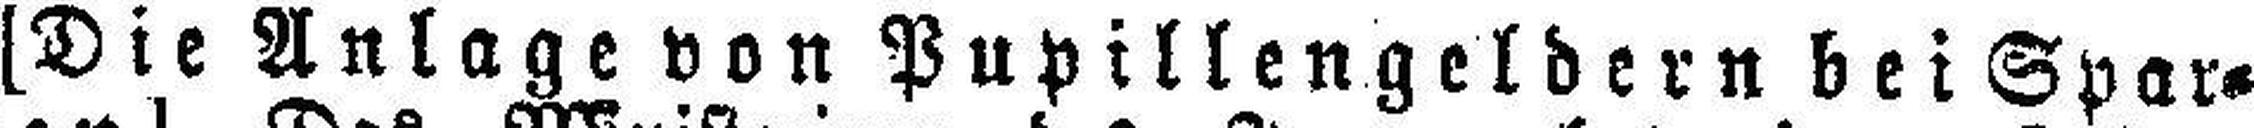
[Die Anlage von Pupillengeldern bei Spar¬